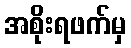
အစိုးရဖက်မှ